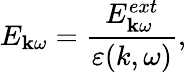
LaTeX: E_{{\mathbf k}\omega}=\frac{E_{{\mathbf k}\omega}^{ext}}{\varepsilon(k,\omega)},